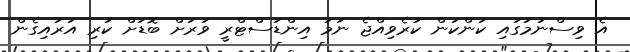
އެ ވިސްނުމުގައި ކަންކަން ކުރެވިއްޖެ ނަމަ އިންޑަސްޓްރީ ވަރަށް ބޮޑަށް ކުރި އަރައިގެން